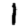
Digit: 1